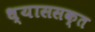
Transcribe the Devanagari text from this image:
ध्याससक्त